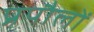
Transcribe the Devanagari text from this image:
प्रपौलों